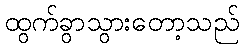
ထွက်ခွာသွားတော့သည်